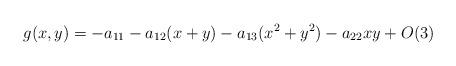
LaTeX: \begin{align*}g(x,y)=-a_{11}-a_{12}(x+y)-a_{13}(x^2+y^2)-a_{22}xy+O(3)\end{align*}